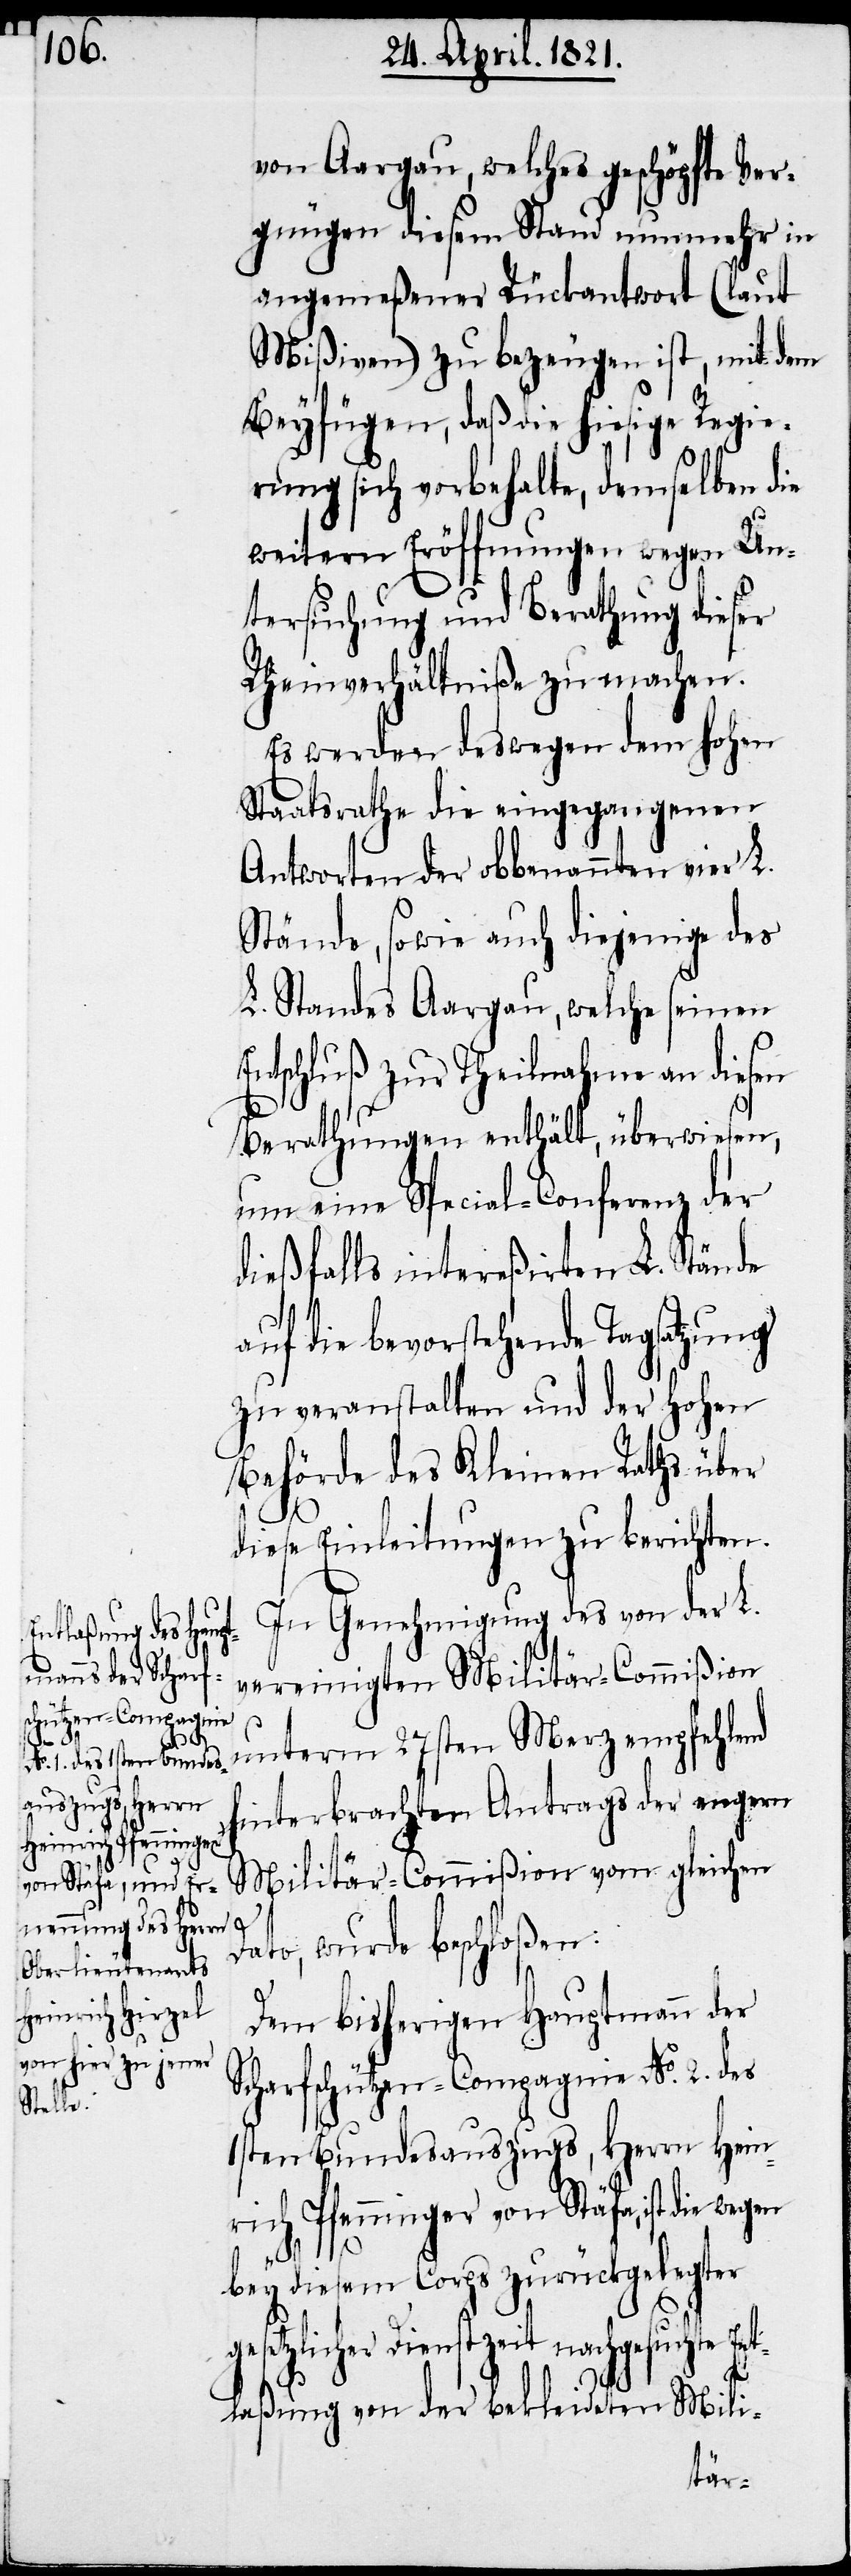
von Aargau, welches geschöpfte Ver¬
gnügen diesem Stand nunmehr in
angemeßener Rückantwort (laut
Mißiven) zu bezeugen ist, mit dem
Beyfügen, daß die hiesige Regie¬
rung sich vorbehalte, demselben die
weitern Eröffnungen wegen Un¬
tersuchung und Berathung dieser
Rheinverhältniße zu machen.
Es werden deswegen dem hohen
Staatsrathe die eingegangenen
Antworten der obbenannten vier L.
Stände, sowie auch diejenige des
L. Standes Aargau, welche seinen
Entschluß zur Theilnahme an diesen
Berathungen enthält, überwiesen,
um eine Special-Conferenz der
dießfalls intereßirten L. Stände
auf die bevorstehende Tagsatzung
zu veranstalten und der hohen
Behörde des Kleinen Rathes über
diese Einleitungen zu berichten.
In Genehmigung des von der L.
vereinigten Militär-Commißion
unterm 27sten Merz empfehlend
hinterbrachten Antrages der engern
Militär-Commißion vom gleichen
ato, wurde beschloßen:
Dem bisherigen Hauptmann der
Scharfschützen-Compagnie No. 2. des
1sten Bundesauszugs, Herrn Hein¬
rich Pfenninger von Stäfa, ist die
bey diesem Corps zurückgelegter
gesetzlicher Dienstzeit nachgesuchte E¬
nt¬
laßung von der bekleideten Mili-